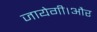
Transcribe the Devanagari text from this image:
जायेगी।और